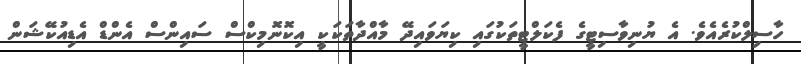
ހާސިލްކުރެއެވެ. އެ ޔުނިވާސިޓީގެ ފެކަލްޓީތަކުގައި ކިޔަވައިދޭ މާއްދާތަކަކީ އިކޮނޮމިކްސް ސައިންސް އެންޑް އެޑިއުކޭޝަން